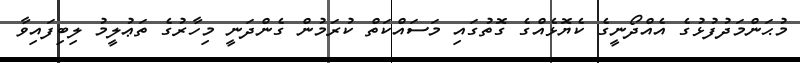
މުޙަންމަދުފުޅުގެ އެއްދޯނީގެ ކެޔޮޅެއްގެ ގޮތުގައި މަސައްކަތް ކުރަމުން ގެންދަނީ މިހާރުގެ ތަޢުލީމު ލިބިފައިވާ